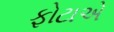
ફોટાએ